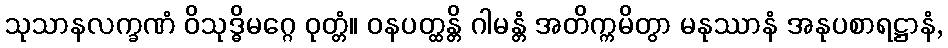
သုသာနလက္ခဏံ ဝိသုဒ္ဓိမဂ္ဂေ ဝုတ္တံ။ ဝနပတ္ထန္တိ ဂါမန္တံ အတိက္ကမိတွာ မနုဿာနံ အနုပစာရဋ္ဌာနံ,